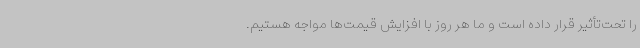
را تحت‌تأثیر قرار داده است و ما هر روز با افزایش قیمت‌ها مواجه هستیم.